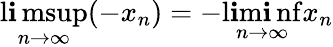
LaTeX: \operatorname*{l\mathbf{i}msup}_{n\to\infty}(-x_{n})=-\operatorname*{l\mathbf{i}m\mathbf{i}nf}_{n\to\infty}x_{n}